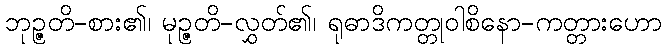
ဘုဉ္ဇတိ-စား၏၊ မုဉ္ဇတိ-လွှတ်၏၊ ရုဓာဒိကတ္တုဝါစိနော-ကတ္တားဟော